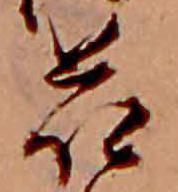
花